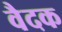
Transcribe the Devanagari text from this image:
वैदक